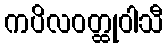
ကပိလဝတ္ထုဝါသီ